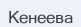
Кенеева